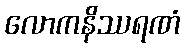
လောကနိဿရဏံ